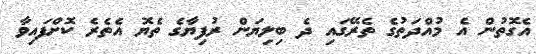
އެގޮތުން އެ މުއްދަތުގެ ތެރޭގައި ދެ ބިލިޔަން ރުފިޔާގެ ތެޔޮ އެތެރެ ކޮށްފައިވާ